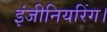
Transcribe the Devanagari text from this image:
इंजीनियरिंग।